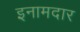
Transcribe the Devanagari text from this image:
इनामदार